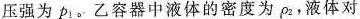
压强为\rho _ { 1 }。乙容器中液体的密度为\rho _{ 2 }，液体对